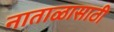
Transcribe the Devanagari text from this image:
नाताळासाठी